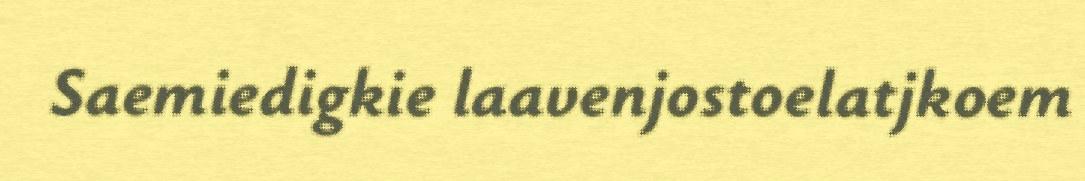
Saemiedigkie laavenjostoelatjkoem